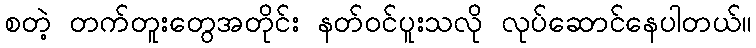
စတဲ့ တက်တူးတွေအတိုင်း နတ်ဝင်ပူးသလို လုပ်ဆောင်နေပါတယ်။